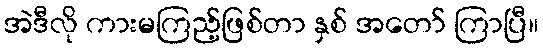
အဲဒီလို ကားမကြည့်ဖြစ်တာ နှစ် အတော် ကြာပြီ။